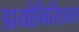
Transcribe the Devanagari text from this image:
डायोनिसिअस